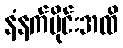
နံနက်ပိုင်းအထိ